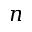
n